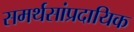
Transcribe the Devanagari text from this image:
समर्थसांप्रदायिक